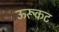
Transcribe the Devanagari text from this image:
ऊरूकट